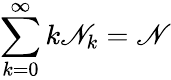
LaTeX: \sum_{k=0}^{\infty}k\mathscr{N}_{k}=\mathscr{N}